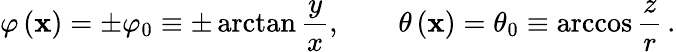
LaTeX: \varphi\left({\mathbf x}\right)=\pm\varphi_{0}\equiv\pm\arctan\frac{y}{x},\qquad\theta\left({\mathbf x}\right)=\theta_{0}\equiv\operatorname{arccos}\frac{z}{r}\, .